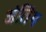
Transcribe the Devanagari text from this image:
अंतिंम